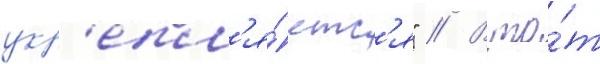
укр'епл'я́етс'я" // В то́т